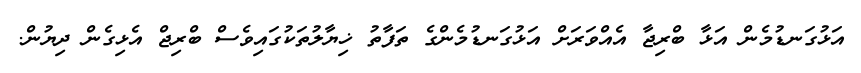
އަޅުގަނޑުމެން އަޅާ ބްރިޖާ އެއްވަރަށް އަޅުގަނޑުމެންގެ ތަފާތު ޚިޔާލުތަކުގައިވެސް ބްރިޖް އެޅިގެން ދިޔުން.